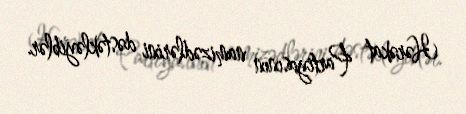
Hərəkat Partiyasının namizədlərini dəstəkləyiblər.